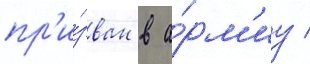
пр'и́зван в а́рм'иу /